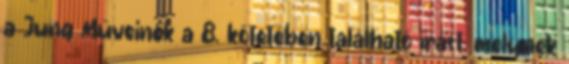
a Jung Műveinek a 8. kötetében található írást, melynek